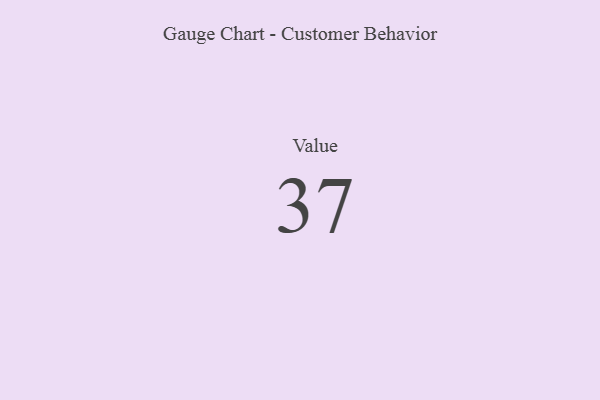
{"axis": {"x": "Metric", "y": "Value"}, "legend": [""], "data": [{"x": "Value", "y": 37, "type": ""}]}